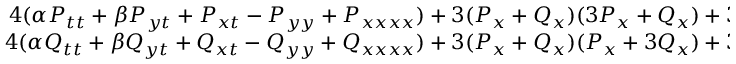
\begin{array} { r } { 4 ( \alpha P _ { t t } + \beta P _ { y t } + P _ { x t } - P _ { y y } + P _ { x x x x } ) + 3 ( P _ { x } + Q _ { x } ) ( 3 P _ { x } + Q _ { x } ) + 3 ( P + Q ) ( 3 P _ { x x } + Q _ { x x } ) = 0 , } \\ { 4 ( \alpha Q _ { t t } + \beta Q _ { y t } + Q _ { x t } - Q _ { y y } + Q _ { x x x x } ) + 3 ( P _ { x } + Q _ { x } ) ( P _ { x } + 3 Q _ { x } ) + 3 ( P + Q ) ( P _ { x x } + 3 Q _ { x x } ) = 0 . } \end{array}